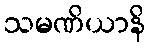
သမဏိယာနိ